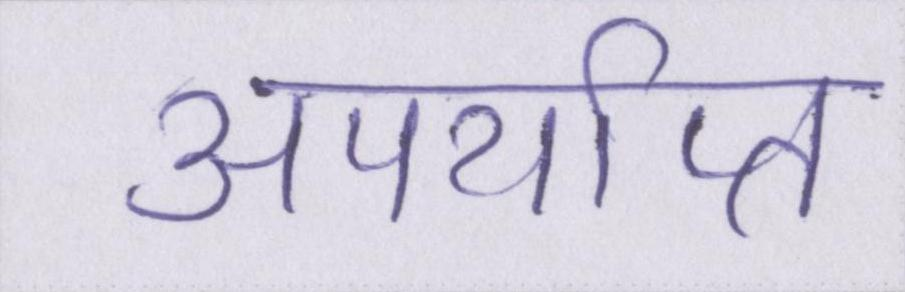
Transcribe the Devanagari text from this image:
अपर्याप्त